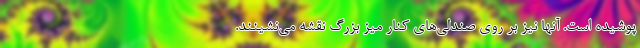
پوشیده است. آنها نیز بر روی صندلی‌های کنار میز بزرگ نقشه می‌نشینند.